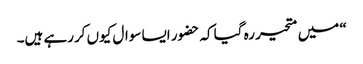
“ میں متحیر رہ گیا کہ حضور ایسا سوال کیوں کررہے ہیں۔